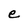
Character: e